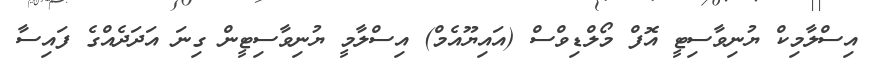
އިސްލާމިކް ޔުނިވާސިޓީ އޮފް މޯލްޑިވްސް (އައިޔޫއެމް) އިސްލާމީ ޔުނިވާސިޓީން ގިނަ އަދަދެއްގެ ފައިސާ